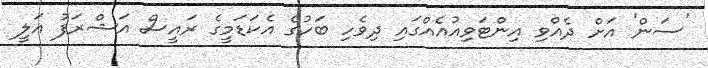
'ސަން' އަށް ދެއްވި އިންޓަވިއުއެއްގައި ދިވެހި ބަހުގެ އެކަޑަމީގެ ރައީސް އަޝްރަފު އަލީ